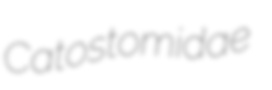
Catostomidae